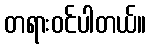
တရားဝင်ပါတယ်။